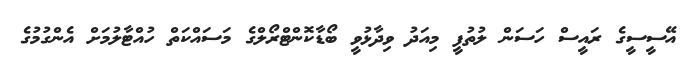
އޭސީސީގެ ރައީސް ހަސަން ލުތުފީ މިއަދު ވިދާޅުވީ ބޯޑާކޮންޓްރޯލްގެ މަސައްކަތް ހުއްޓާލުމަށް އެންގުމުގެ